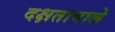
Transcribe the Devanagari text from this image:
दक्षतावाले